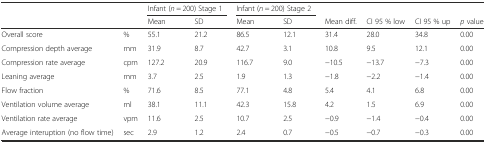
|  |  | <COLSPAN=2> Infant (n = 200) Stage 1 | <COLSPAN=2> Infant (n = 200) Stage 2 |  |  |  |  |
 |  |  | Mean | SD | Mean | SD | Mean diff. | CI 95 % low | CI 95 % up | p value |
 | --- | --- | --- | --- | --- | --- | --- | --- | --- | --- |
 | Overall score | % | 55.1 | 21.2 | 86.5 | 12.1 | 31.4 | 28.0 | 34.8 | 0.00 |
 | Compression depth average | mm | 31.9 | 8.7 | 42.7 | 3.1 | 10.8 | 9.5 | 12.1 | 0.00 |
 | Compression rate average | cpm | 127.2 | 20.9 | 116.7 | 9.0 | −10.5 | −13.7 | −7.3 | 0.00 |
 | Leaning average | mm | 3.7 | 2.5 | 1.9 | 1.3 | −1.8 | −2.2 | −1.4 | 0.00 |
 | Flow fraction | % | 71.6 | 8.5 | 77.1 | 4.8 | 5.4 | 4.1 | 6.8 | 0.00 |
 | Ventilation volume average | ml | 38.1 | 11.1 | 42.3 | 15.8 | 4.2 | 1.5 | 6.9 | 0.00 |
 | Ventilation rate average | vpm | 11.6 | 2.5 | 10.7 | 2.5 | −0.9 | −1.4 | −0.4 | 0.00 |
 | Average interuption (no flow time) | sec | 2.9 | 1.2 | 2.4 | 0.7 | −0.5 | −0.7 | −0.3 | 0.00 |